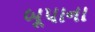
બૂપાના